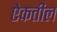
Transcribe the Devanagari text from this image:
ऐकतील